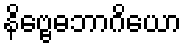
နိဗ္ဗေဓဘာဂိယော